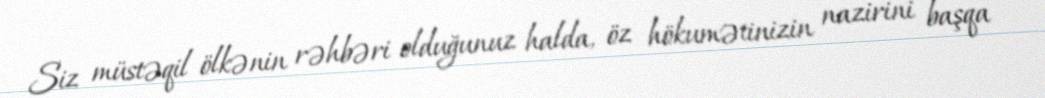
Siz müstəqil ölkənin rəhbəri olduğunuz halda, öz hökumətinizin nazirini başqa